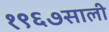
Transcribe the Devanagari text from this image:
१९६७साली